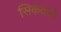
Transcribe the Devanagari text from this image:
सिकदरने